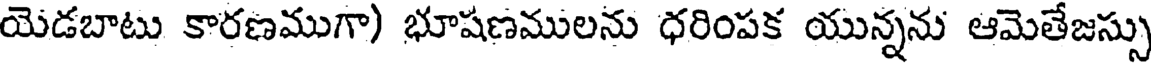
యెడబాటు కారణముగా) భూషణములను ధరింపక యున్నను ఆమెతేజస్సు